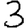
Digit: 3